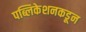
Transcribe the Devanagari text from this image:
पब्लिकेशनकडून